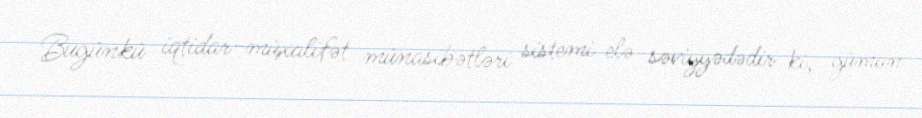
Bugünkü iqtidar-müxalifət münasibətləri sistemi elə səviyyədədir ki, güman